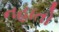
નહાતો